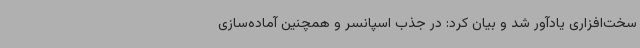
سخت‌افزاری یادآور شد و بیان کرد: در جذب اسپانسر و همچنین آماده‌سازی